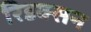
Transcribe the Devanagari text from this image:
रिडक्सन